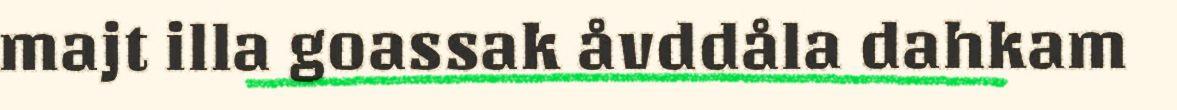
majt illa goassak åvddåla dahkam